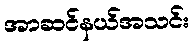
အာဆင်နယ်အသင်း